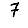
Digit: 7